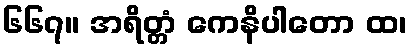
၆၆၇။ အရိတ္တံ ကေနိပါတော ထ၊